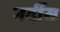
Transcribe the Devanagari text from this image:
गर्दीस